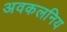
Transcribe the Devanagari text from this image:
अवकलनिय